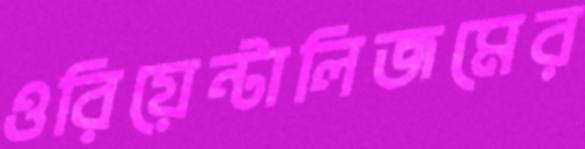
ওরিয়েন্টালিজমের